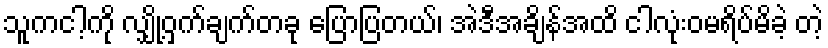
သူကငါ့ကို လျှို့ဝှက်ချက်တခု ပြောပြတယ်၊ အဲဒီအချိန်အထိ ငါလုံးဝမရိပ်မိခဲ့ တဲ့